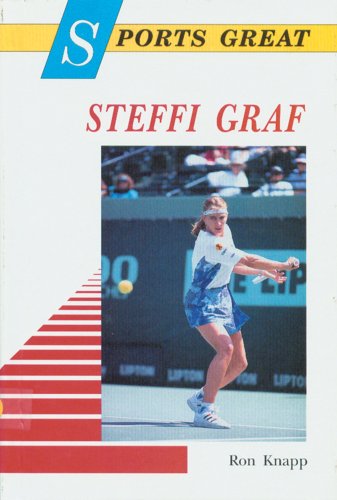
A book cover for Sports Great Steffi Graf (Sports Great Books); Ron Knapp; Children's Books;